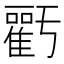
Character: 𮦁